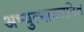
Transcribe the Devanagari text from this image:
अभ्युत्थानजनित